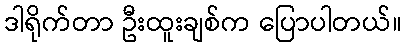
ဒါရိုက်တာ ဦးထူးချစ်က ပြောပါတယ်။